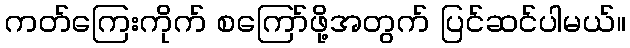
ကတ်ကြေးကိုက် စကြော်ဖို့အတွက် ပြင်ဆင်ပါမယ်။